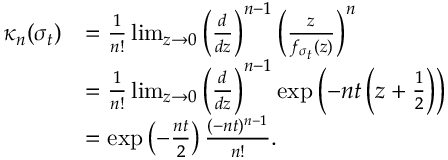
\begin{array} { r l } { \kappa _ { n } ( \sigma _ { t } ) } & { = \frac { 1 } { n ! } \operatorname* { l i m } _ { z \rightarrow 0 } \left( \frac { d } { d z } \right) ^ { n - 1 } \left( \frac { z } { f _ { \sigma _ { t } } ( z ) } \right) ^ { n } } \\ & { = \frac { 1 } { n ! } \operatorname* { l i m } _ { z \rightarrow 0 } \left( \frac { d } { d z } \right) ^ { n - 1 } \exp \left( - n t \left( z + \frac { 1 } { 2 } \right) \right) } \\ & { = \exp \left( - \frac { n t } { 2 } \right) \frac { ( - n t ) ^ { n - 1 } } { n ! } . } \end{array}